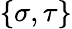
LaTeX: \{ \sigma,\tau\}